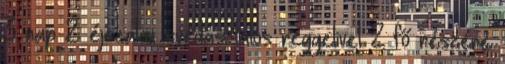
3 nap 2 éjszaka svédasztalos reggelivel 2 fő részére